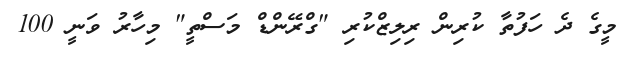
މީގެ ދެ ހަފުތާ ކުރިން ރިލިޒްކުރި "ގްރޭންޑް މަސްތީ" މިހާރު ވަނީ 100